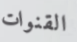
القنوات